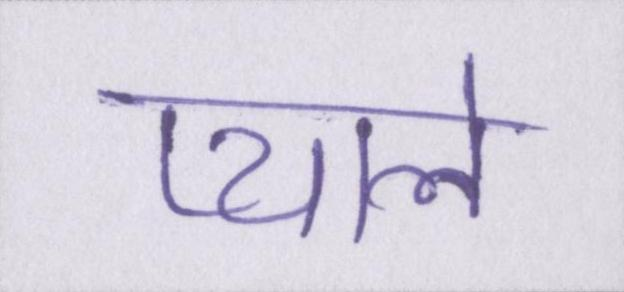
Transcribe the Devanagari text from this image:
प्याले